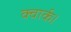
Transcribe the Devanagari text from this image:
क्वार्क।